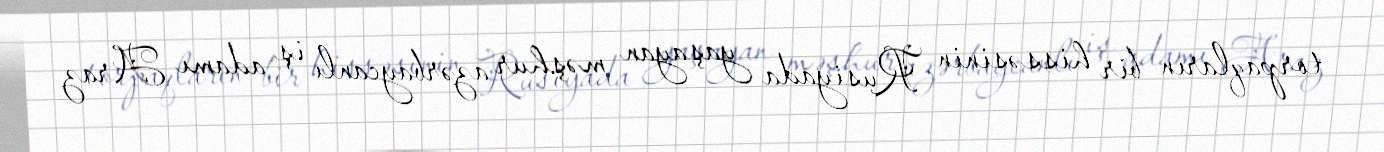
torpaqların bir hissəsinin Rusiyada yaşayan məşhur azərbaycanlı iş adamı Araz